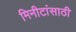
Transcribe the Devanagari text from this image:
मिनीटांसाठी